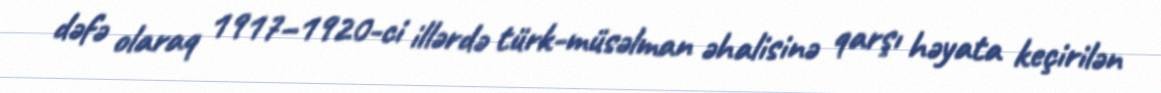
dəfə olaraq 1917–1920-ci illərdə türk-müsəlman əhalisinə qarşı həyata keçirilən